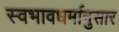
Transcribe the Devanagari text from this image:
स्वभावधर्मानुसार